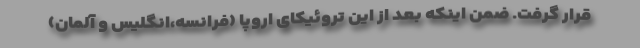
قرار گرفت. ضمن اینکه بعد از این تروئیکای اروپا (فرانسه،انگلیس و آلمان)